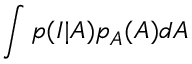
\int p ( I | A ) p _ { A } ( A ) d A